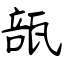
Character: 瓿